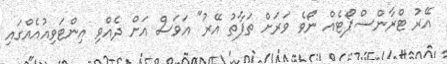
އޭރު ޓްރާންސްޕޯޓެއް ނޯވެ ވަރަށް ތަފާތު އޭރު" އަވަސް އަށް ދެއްވި އިންޓަވިއުއެއްގައި